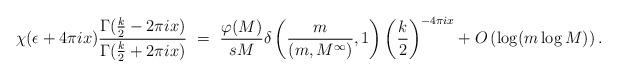
LaTeX: \begin{align*} \chi(\epsilon + 4\pi i x)\frac{\Gamma(\frac{k}{2} - 2\pi i x)}{\Gamma(\frac{k}{2} + 2\pi i x)} \ = \ \frac{\varphi(M)}{sM} \delta\left(\frac{m}{(m,M^\infty)},1\right)\left(\frac{k}{2}\right)^{-4\pi i x} + O\left( \log (m \log M) \right). \end{align*}